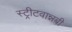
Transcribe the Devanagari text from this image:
स्ट्रीटवान्नबी